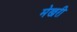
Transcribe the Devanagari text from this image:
मेखरी